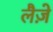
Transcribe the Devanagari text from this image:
लैज़े